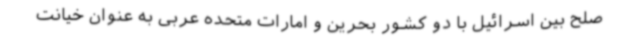
صلح بین اسرائیل با دو کشور بحرین و امارات متحده عربی به عنوان خیانت